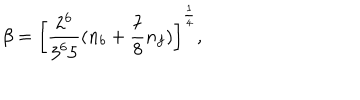
\beta = \left[ { \frac { 2 ^ { 6 } } { 3 ^ { 6 } 5 } } ( n _ { b } + { \frac { 7 } { 8 } } n _ { f } ) \right] ^ { \frac { 1 } { 4 } } ,